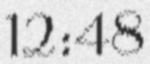
12:48